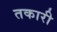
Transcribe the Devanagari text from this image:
तकारी